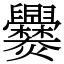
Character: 爨